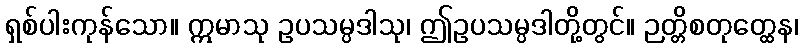
ရှစ်ပါးကုန်သော။ ဣမာသု ဥပသမ္ပဒါသု၊ ဤဥပသမ္ပဒါတို့တွင်။ ဉတ္တိစတုတ္ထေန၊